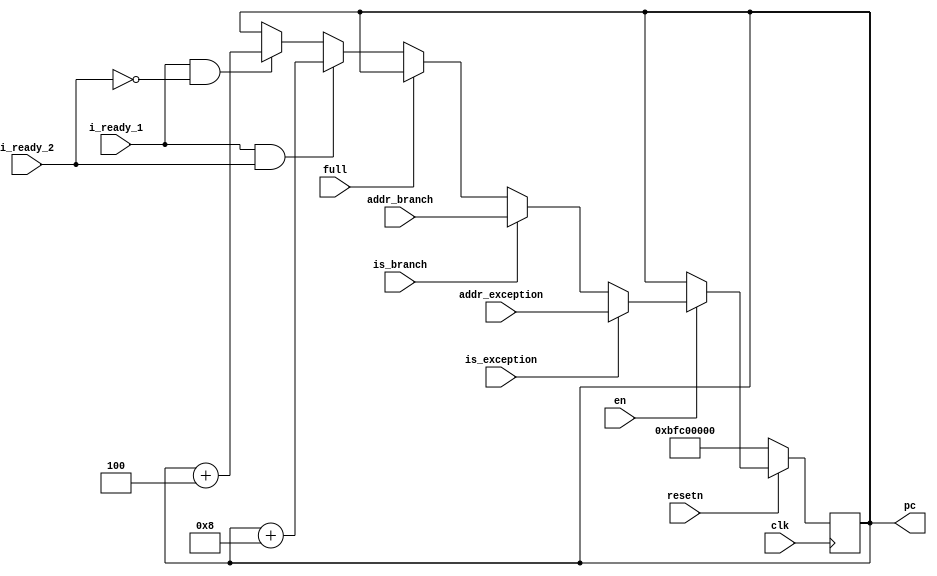
module pc(
        input                    clk,
        input                    resetn,
        input                    en,
        input                    i_ready_1,
        input                    i_ready_2,
        input                    full,

        input                    is_branch,
        input  [31:0]            addr_branch,
        input                    is_exception,
        input  [31:0]            addr_exception,

        output  reg [31:0]       pc
);

    reg     [31:0] npc;
    

    always@(posedge clk) begin
        pc <= npc;
    end
    always@(*) begin
        if(!resetn)
            npc = 32'hbfc00000; 
        else if(en) begin
            if(is_exception)
                npc = addr_exception;
            else if(is_branch)
                npc = addr_branch;
            else if(full)
                npc = pc;
            else if(i_ready_1 && i_ready_2)
                npc = pc + 8;
            else if(i_ready_1 && !i_ready_2)
                npc = pc + 4;
            else
                npc = pc;
        end
        else begin
            npc = pc; 
        end
    end
endmodule